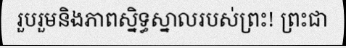
រួបរួមនិងភាពស្និទ្ធស្នាលរបស់ព្រះ! ព្រះជា